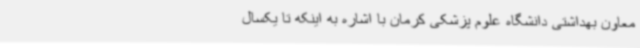
معاون بهداشتی دانشگاه علوم پزشکی کرمان با اشاره به اینکه تا یکسال